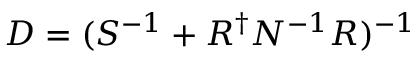
D = ( S ^ { - 1 } + R ^ { \dagger } N ^ { - 1 } R ) ^ { - 1 }